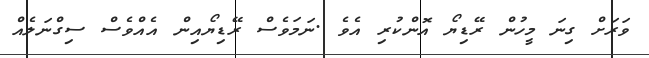
ވަރަށް ގިނަ މީހުން ރޭޑިޔޯ އޮންކުރި އެވެ .ނަމަވެސް ރޭޑިޔޯއިން އެއްވެސް ސިގްނަލެއް